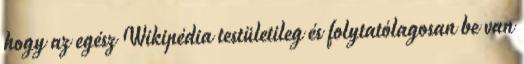
hogy az egész Wikipédia testületileg és folytatólagosan be van